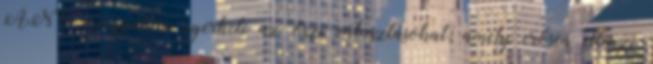
ANO mozgalom nyerheti az őszi választásokat, amely erősen ellenzi